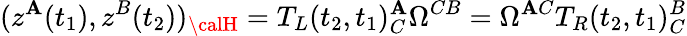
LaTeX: (z^{\mathbf{A}}(t_{1}),z^{B}(t_{2}))_{\calH}=T_{L}(t_{2},t_{1})_{C}^{\mathbf{A}}\Omega^{CB}=\Omega^{\mathbf{A}C}T_{R}(t_{2},t_{1})_{C}^{B}